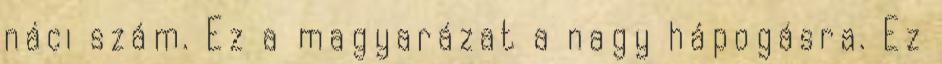
náci szám. Ez a magyarázat a nagy hápogásra. Ez